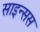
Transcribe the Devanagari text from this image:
साइन्सस